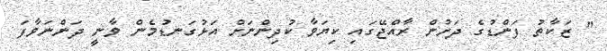
" ޒަކާތު ފަންޑުގެ ދަށުން ރާއްޖޭގައި ކިޔަވާ ކުދިންނަށް އަޅުގަނޑުމެން ވާނީ ދަންނަވާފަ